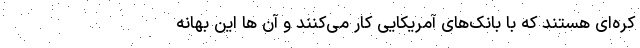
کره‌ای هستند که با بانک‌های آمریکایی کار می‌کنند و آن ها این بهانه